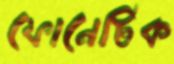
ফোনেটিক